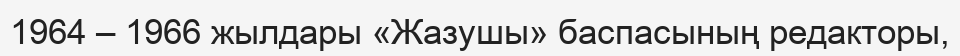
1964 – 1966 жылдары «Жазушы» баспасының редакторы,